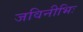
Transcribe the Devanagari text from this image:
जविनीभिः